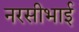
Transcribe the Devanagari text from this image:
नरसीभाई